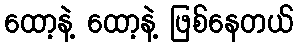
ထော့နဲ့ ထော့နဲ့ ဖြစ်နေတယ်